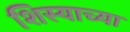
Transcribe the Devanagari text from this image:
शिस्याच्या